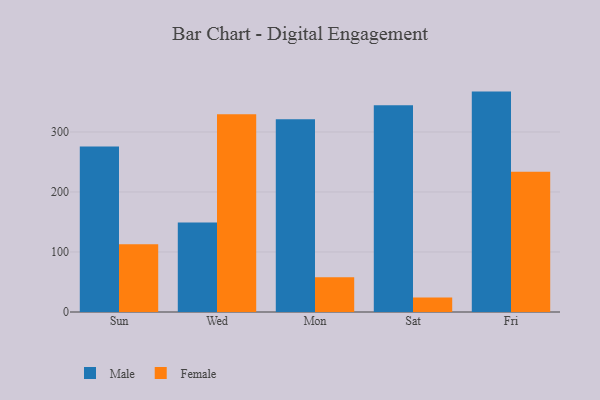
{"axis": {"x": "Day", "y": "Production Output"}, "legend": ["Female", "Male"], "data": [{"x": "Sun", "y": 276.0, "type": "Male"}, {"x": "Sun", "y": 112.8, "type": "Female"}, {"x": "Wed", "y": 149.0, "type": "Male"}, {"x": "Wed", "y": 329.5, "type": "Female"}, {"x": "Mon", "y": 321.3, "type": "Male"}, {"x": "Mon", "y": 57.8, "type": "Female"}, {"x": "Sat", "y": 344.4, "type": "Male"}, {"x": "Sat", "y": 24.0, "type": "Female"}, {"x": "Fri", "y": 367.3, "type": "Male"}, {"x": "Fri", "y": 233.6, "type": "Female"}]}